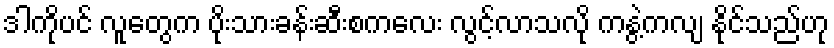
ဒါကိုပင် လူတွေက ပိုးသားခန်းဆီးစကလေး လွင့်လာသလို ကနွဲ့ကလျ နိုင်သည်ဟု